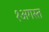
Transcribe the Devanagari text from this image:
१अगस्त